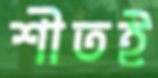
শীতই